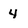
Character: 4